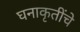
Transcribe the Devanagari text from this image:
घनाकृतींचे